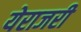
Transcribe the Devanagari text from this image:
येराजरी